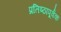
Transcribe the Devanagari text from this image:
प्रतिष्ठापूर्वक